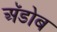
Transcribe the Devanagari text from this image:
अॅडोब